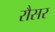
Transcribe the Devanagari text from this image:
रौसर